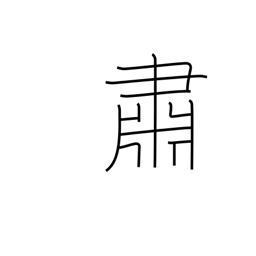
Meaning: solemnly